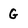
Character: G